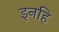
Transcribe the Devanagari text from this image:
इनहि